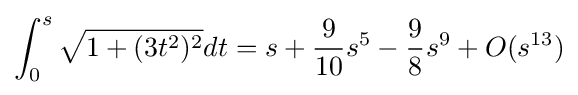
\int _{0}^{s}{\sqrt {1+(3t^{2})^{2}}}dt=s+{\frac {9}{10}}s^{5}-{\frac {9}{8}}s^{9}+O(s^{13})